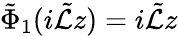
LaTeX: \tilde{\Phi}_{1}(i\tilde{\mathcal{L}}z)=i\tilde{\mathcal{L}}z